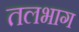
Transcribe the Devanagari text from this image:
तलभाग